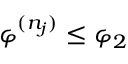
\varphi ^ { ( n _ { j } ) } \leq \varphi _ { 2 }